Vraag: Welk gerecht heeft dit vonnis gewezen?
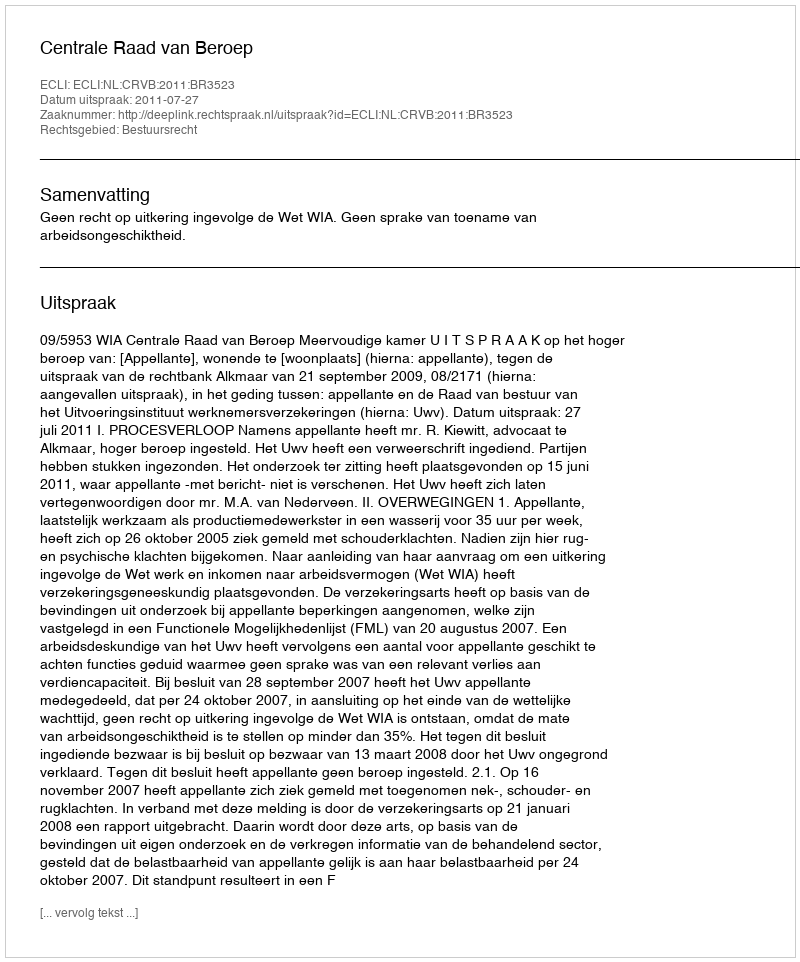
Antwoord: Centrale Raad van Beroep